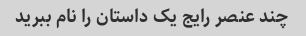
چند عنصر رایج یک داستان را نام ببرید